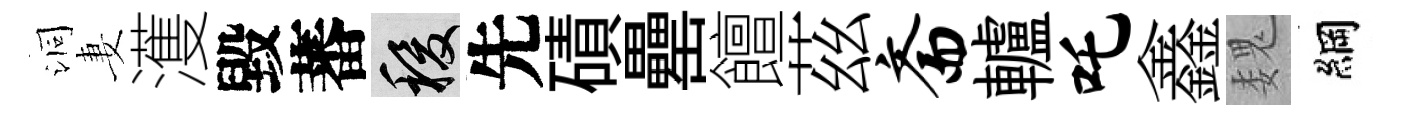
洞妻濩毀蕃稷先磧罍饘茲斋轤吒鑫魏綱